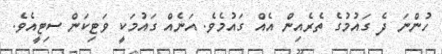
ހުންނަ ދެ ގައުމުގެ ތެރެއިން އެއް ގައުމެވެ. އަނެއް ގައުމަކީ ވަޓިކަން ސިޓީއެވެ.